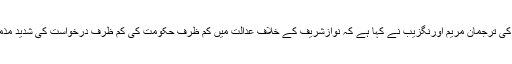
مسلم لیگ (ن) کی ترجمان مریم اورنگزیب نے کہا ہے کہ نوازشریف کے خلاف عدالت میں کم ظرف حکومت کی کم ظرف درخواست کی شدید مذمت کرتے ہیں۔